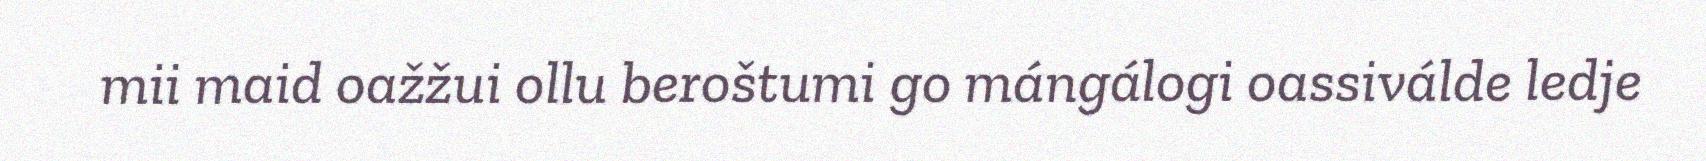
mii maid oažžui ollu beroštumi go mángálogi oassiválde ledje